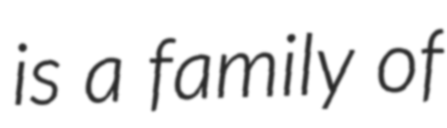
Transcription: is a family of